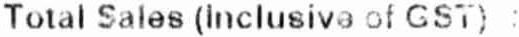
TOTAL SALES (INCLUSIVE OF GST) :